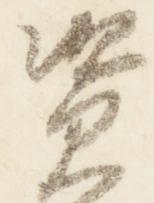
資